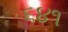
૬૪૧